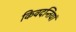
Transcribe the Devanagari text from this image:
किवदन्तियां